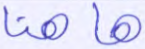
هاهنا